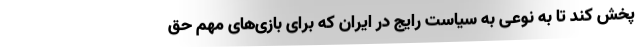
پخش کند تا به نوعی به سیاست رایج در ایران که برای بازی‌های مهم حق